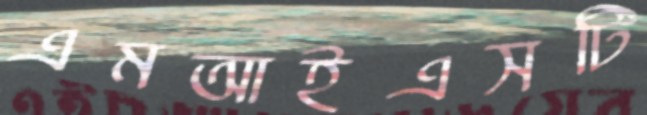
এমআইএসটি